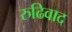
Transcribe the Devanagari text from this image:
रुढिवाद